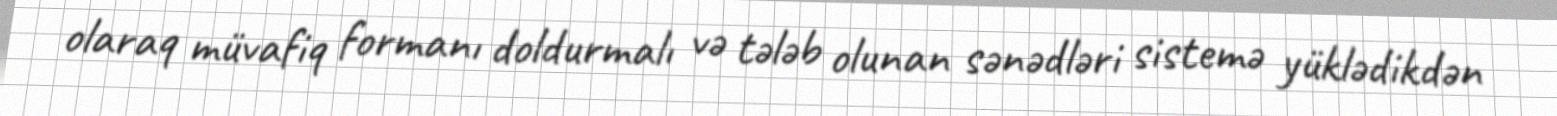
olaraq müvafiq formanı doldurmalı və tələb olunan sənədləri sistemə yüklədikdən